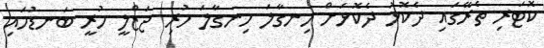
ކޮޓަރި ތެރޭގައި ދެކޮޅު ދެކޮޅަށް ހިނގާލަ ހިނގާލަ ހުރި ޖަޒްލީ ހުރީ ބަނޑުހައި